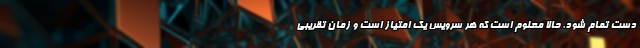
دست تمام شود. حالا معلوم است که هر سرویس یک امتیاز است و زمان تقریبی